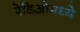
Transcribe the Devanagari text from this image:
रेडिओमध्ये